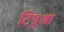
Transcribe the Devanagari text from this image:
टिपुआ